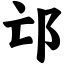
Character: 邙